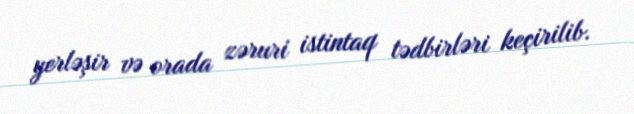
yerləşir və orada zəruri istintaq tədbirləri keçirilib.